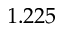
1 . 2 2 5